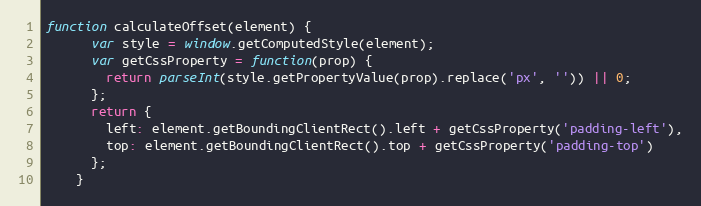
Language: JavaScript
function calculateOffset(element) {
      var style = window.getComputedStyle(element);
      var getCssProperty = function(prop) {
        return parseInt(style.getPropertyValue(prop).replace('px', '')) || 0;
      };
      return {
        left: element.getBoundingClientRect().left + getCssProperty('padding-left'),
        top: element.getBoundingClientRect().top + getCssProperty('padding-top')
      };
    }